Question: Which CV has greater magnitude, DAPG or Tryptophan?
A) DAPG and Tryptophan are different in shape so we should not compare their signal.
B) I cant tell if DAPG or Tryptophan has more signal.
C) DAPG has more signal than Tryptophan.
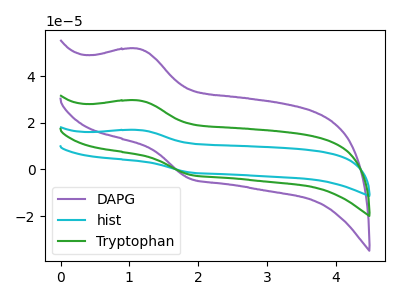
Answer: <think>The purple curve "DAPG" has an anodic peak at (1.10V, 51.70uA) and a cathodic peak at (1.90V, -4.05uA). The cyan curve "hist" has an anodic peak at (1.10V, 59.15uA) and a cathodic peak at (1.90V, -4.60uA). The green curve "Tryptophan" has an anodic peak at (1.10V, 29.60uA) and a cathodic peak at (1.90V, -2.30uA).
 All the peaks in "DAPG" have a peak in "Tryptophan" at the same potential. Every peak in "DAPG" is higher than every peak in "Tryptophan".</think>
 <answer>C) "DAPG" has more signal than "Tryptophan".</answer>
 <eval>C</eval>